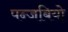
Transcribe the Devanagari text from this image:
पन्जबियो